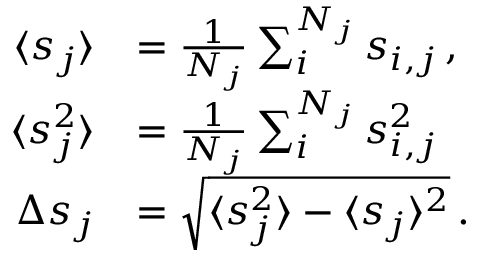
\begin{array} { r l } { \langle s _ { j } \rangle } & { = \frac { 1 } { N _ { j } } \sum _ { i } ^ { N _ { j } } s _ { i , j } \, , } \\ { \langle s _ { j } ^ { 2 } \rangle } & { = \frac { 1 } { N _ { j } } \sum _ { i } ^ { N _ { j } } s _ { i , j } ^ { 2 } \, } \\ { \Delta s _ { j } } & { = \sqrt { \langle s _ { j } ^ { 2 } \rangle - \langle s _ { j } \rangle ^ { 2 } } \, . } \end{array}